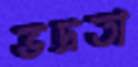
ভদ্রতা